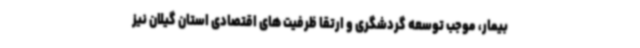
بیمار، موجب توسعه گردشگری و ارتقا ظرفیت های اقتصادی استان گیلان نیز